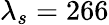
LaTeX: \lambda_{s}=266